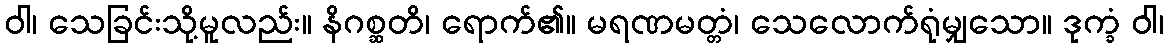
ဝါ၊ သေခြင်းသို့မူလည်း။ နိဂစ္ဆတိ၊ ရောက်၏။ မရဏမတ္တံ၊ သေလောက်ရုံမျှသော။ ဒုက္ခံ ဝါ၊